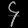
Digit: ၄